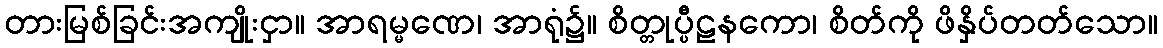
တားမြစ်ခြင်းအကျိုးငှာ။ အာရမ္မဏေ၊ အာရုံ၌။ စိတ္တုပ္ပီဠနကော၊ စိတ်ကို ဖိနှိပ်တတ်သော။